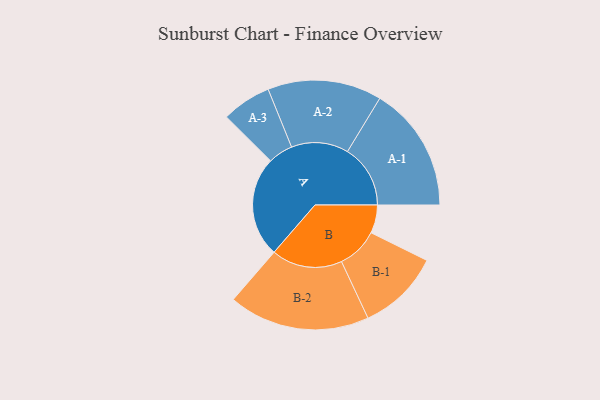
{"axis": {"x": "Segment", "y": "Value"}, "legend": ["", "A", "B"], "data": [{"x": "A", "y": 414, "type": ""}, {"x": "B", "y": 116, "type": ""}, {"x": "A-1", "y": 259, "type": "A"}, {"x": "A-2", "y": 235, "type": "A"}, {"x": "A-3", "y": 102, "type": "A"}, {"x": "B-1", "y": 170, "type": "B"}, {"x": "B-2", "y": 291, "type": "B"}]}